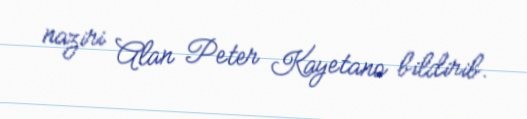
naziri Alan Peter Kayetano bildirib.